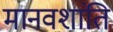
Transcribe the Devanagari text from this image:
मानवशांति